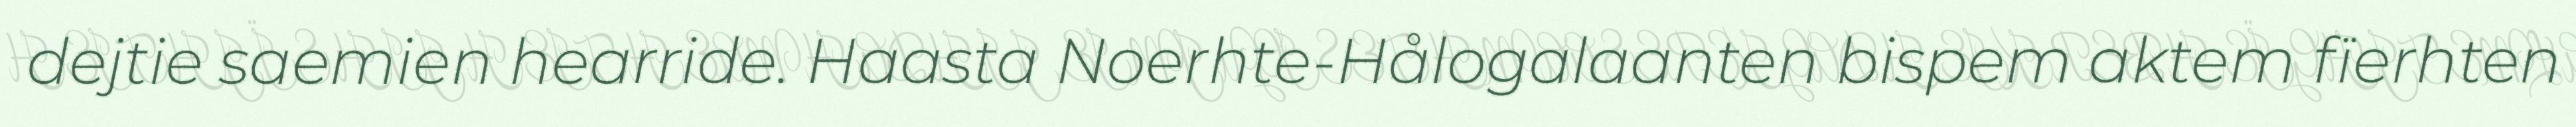
dejtie saemien hearride. Haasta Noerhte-Hålogalaanten bispem aktem fïerhten